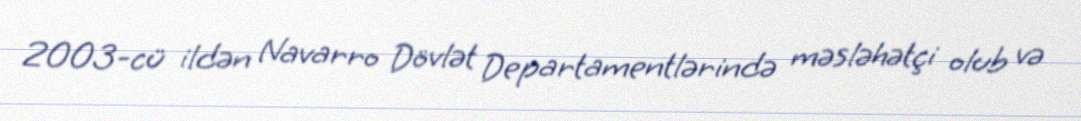
2003-cü ildən Navarro Dövlət Departamentlərində məsləhətçi olub və